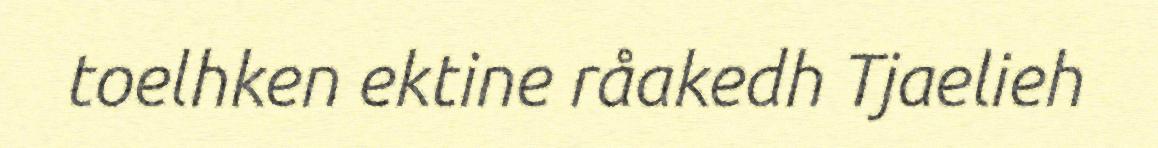
toelhken ektine råakedh Tjaelieh